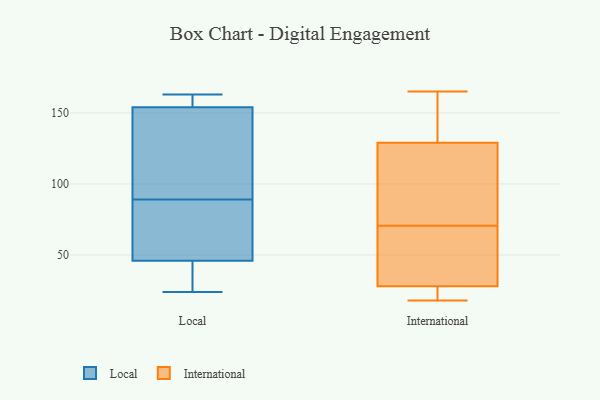
{"axis": {"x": "Humidity (%)", "y": "Value"}, "legend": ["International", "Local"], "data": [{"x": "", "y": 154, "type": "Local"}, {"x": "", "y": 155, "type": "Local"}, {"x": "", "y": 46, "type": "Local"}, {"x": "", "y": 98, "type": "Local"}, {"x": "", "y": 80, "type": "Local"}, {"x": "", "y": 42, "type": "Local"}, {"x": "", "y": 63, "type": "Local"}, {"x": "", "y": 24, "type": "Local"}, {"x": "", "y": 163, "type": "Local"}, {"x": "", "y": 106, "type": "Local"}, {"x": "", "y": 33, "type": "International"}, {"x": "", "y": 73, "type": "International"}, {"x": "", "y": 18, "type": "International"}, {"x": "", "y": 149, "type": "International"}, {"x": "", "y": 28, "type": "International"}, {"x": "", "y": 90, "type": "International"}, {"x": "", "y": 165, "type": "International"}, {"x": "", "y": 68, "type": "International"}, {"x": "", "y": 129, "type": "International"}, {"x": "", "y": 28, "type": "International"}]}